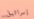
إسرائيل